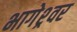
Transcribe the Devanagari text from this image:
भागेश्र्वर